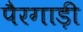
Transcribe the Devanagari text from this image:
पैरगाड़ी